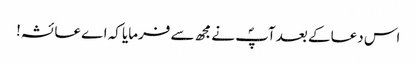
اس دعا کے بعد آپؐ نے مجھ سے فرمایا کہ اے عائشہ!